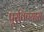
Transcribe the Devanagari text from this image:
पूरविण्यास